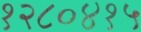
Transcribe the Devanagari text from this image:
१२८०४१५